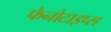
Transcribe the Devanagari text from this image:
फेनोटाइप्स